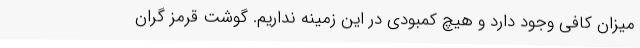
میزان کافی وجود دارد و هیچ کمبودی در این زمینه نداریم. گوشت قرمز گران